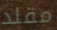
مقلد